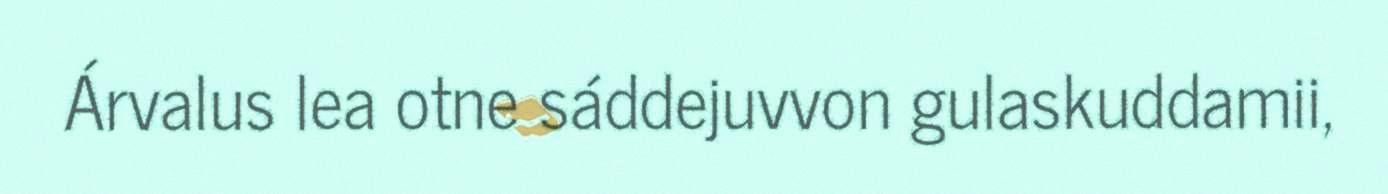
Árvalus lea otne sáddejuvvon gulaskuddamii,